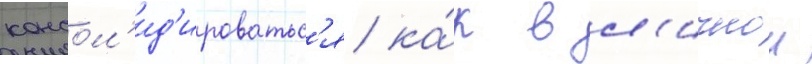
консол'ид'ироватьс'я ка́к в л'ичнои